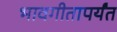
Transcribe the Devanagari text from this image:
भावगीतापर्यंत